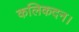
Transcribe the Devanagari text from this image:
कलिकदन।